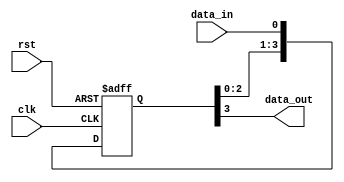
module shift_register(
  input wire clk,
  input wire rst,
  input wire data_in,
  output wire data_out
);

reg [3:0] register;

always @(posedge clk or posedge rst)
begin
  if (rst)
    register <= 4'b0000;
  else
    register <= {register[2:0], data_in};
end

assign data_out = register[3];

endmodule